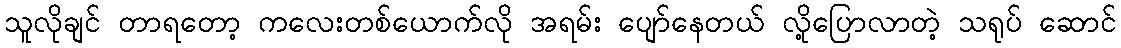
သူလိုချင် တာရတော့ ကလေးတစ်ယောက်လို အရမ်း ပျော်နေတယ် လို့ပြောလာတဲ့ သရုပ် ဆောင်